Tezpur Lunatic Asylum reports 1877-1894 - 1877-1894
Year: 1877
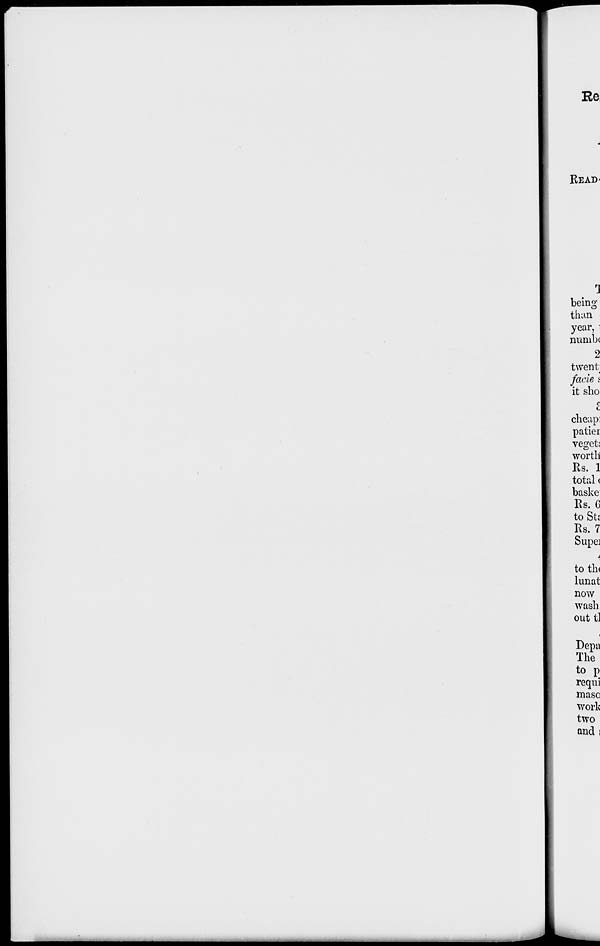
Re
READ-
o
being
than
year, i
nunib(
2
twent
facie i
it sho
cheap:
patiei
vegct;
worth
Rs. 1
total(
baske
Rs. G
to Sti
Rs. 7
Supe]
to th<
lunat
now
wash
out fc]
Depa
The
to p
requi
maso
work
two
and i